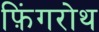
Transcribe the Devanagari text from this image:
फ़िंगरोथ